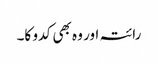
رائتہ اور وہ بھی کدو کا۔